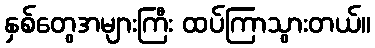
နှစ်တွေအများကြီး ထပ်ကြာသွားတယ်။